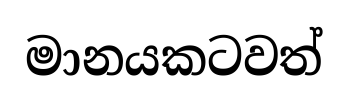
මානයකටවත්